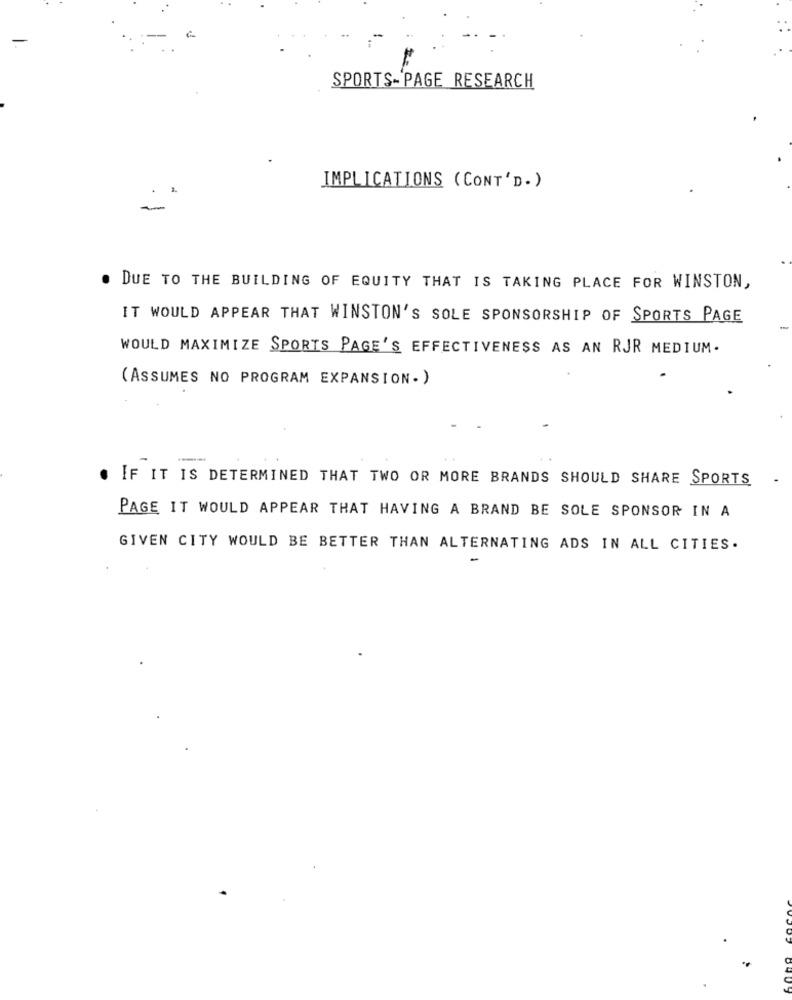
SPORTS- PAGE RESEARCH
IMPLICATIONS ( CONT'D.)
. DUE TO THE BUILDING OF EQUITY THAT IS TAKING PLACE FOR WINSTON,
IT WOULD APPEAR THAT WINSTON'S SOLE SPONSORSHIP OF SPORTS PAGE
WOULD MAXIMIZE SPORTS PAGE'S EFFECTIVENESS AS AN RJR MEDIUM.
(ASSUMES NO PROGRAM EXPANSION.)
---
. IF IT IS DETERMINED THAT TWO OR MORE BRANDS SHOULD SHARE SPORTS
PAGE IT WOULD APPEAR THAT HAVING A BRAND BE SOLE SPONSOR IN A
GIVEN CITY WOULD BE BETTER THAN ALTERNATING ADS IN ALL CITIES.
-